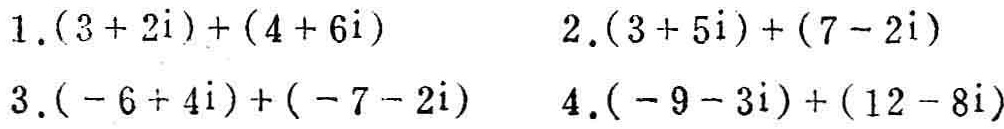
1. \((3 + 2i)+(4 + 6i)\)
2. \((3 + 5i)+(7 - 2i)\)
3. \((-6 + 4i)+(-7 - 2i)\)
4. \((-9 - 3i)+(12 - 8i)\)